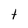
Character: t